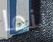
بنما